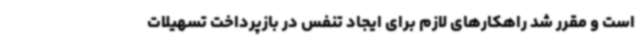
است و مقرر شد راهکارهای لازم برای ایجاد تنفس در بازپرداخت تسهیلات